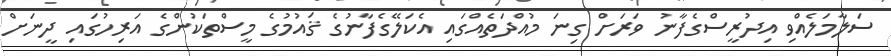
ސަލާމަލެއްވި އިދުރީސްގެފާނު ވަރަށް ގިނަ މުއްދަތެއްގައި އެކަލޭގެފާނުގެ ޤައުމުގެ މީސްތަކުންގެ އަރިހުގައި ދީނަށް